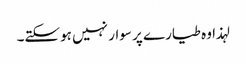
لہذا وہ طیارے پر سوار نہیں ہوسکتے۔